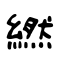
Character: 繎